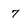
Character: 7